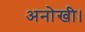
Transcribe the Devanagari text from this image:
अनोखी।